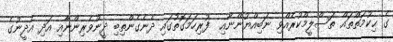
ގެ ޙިކުމަތްތައް ތަސްލީމްކުރެއްވި ނަބިއްޔުންނާއި  ފުރިހަމަގޮތުގައި ދެނެގެންތިބި ދީންވެރިންނާއި އަދި އެދީނުގެ